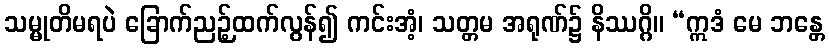
သမ္မုတိမရပဲ ခြောက်ညဉ့်ထက်လွန်၍ ကင်းအံ့၊ သတ္တမ အရုဏ်၌ နိဿဂ္ဂိ။ “ဣဒံ မေ ဘန္တေ